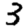
Digit: 3